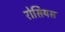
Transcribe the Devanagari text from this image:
रोसियस